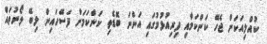
ކުއްލިއަކަށް ޖެހޭ ކަންކަމާއި ދިރިއުޅުމުގައި އަންނަ ބޮޑެތި ކަންކަމަށް ފަސޭހައިން ލިބޭ ލޯނުތައް